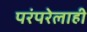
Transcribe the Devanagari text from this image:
परंपरेलाही